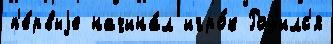
п'е́рвыjе начина́л игро́к Род'илс'я